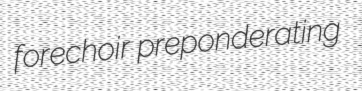
forechoir preponderating